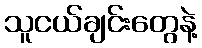
သူငယ်ချင်းတွေနဲ့